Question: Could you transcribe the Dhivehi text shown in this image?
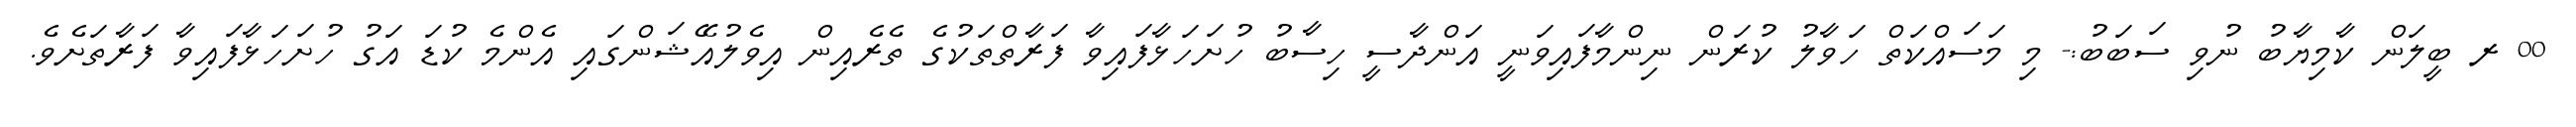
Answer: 00 ރ ބީލަން ކާމިޔާބު ނުވި ސަބަބު:- މި މަސައްކަތް ހަވާލު ކުރަން ނިންމާފައިވަނީ އަންދާސީ ހިސާބު ހުށަހަޅާފައިވާ ފަރާތްތަކުގެ ތެރެއިން އިވެލުއޭޝަންގައި އެންމެ ކުޑަ އަގު ހުށަހަޅާފައިވާ ފަރާތަށެވެ.